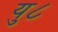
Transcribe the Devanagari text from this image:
यु८